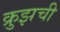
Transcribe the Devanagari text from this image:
क्रुझची